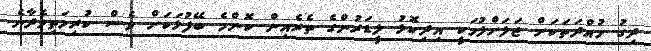
ދިގު މުއްދަތަކަށް ޖަލަށްލުމަކީ އިދިކޮޅު ލީޑަރުންގެ ތެރެއިން ކޮންމެ ބޭފުޅަކަށް ވެސް ކުރިމަތިވެދާނެ